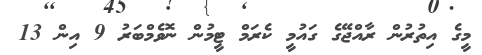
މީގެ އިތުރުން ރާއްޖޭގެ ގައުމީ ކެރަމް ޓީމުން ނޮވެމްބަރު 9 އިން 13